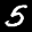
Label: 5